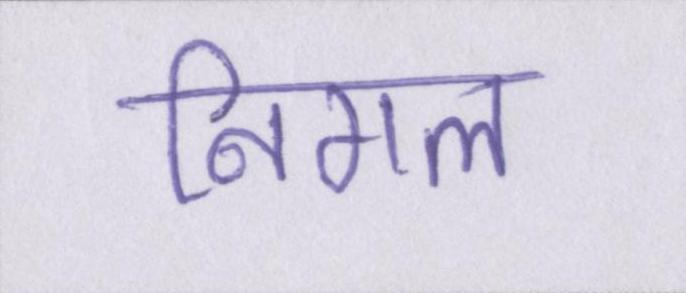
निगल